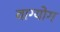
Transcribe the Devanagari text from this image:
वाग्योग